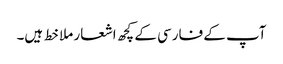
آپ کے فارسی کے کچھ اشعار ملا خط ہیں۔